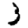
Digit: 3